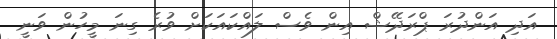
އަދި އަންދުރަ ޕްރަދޭޝް އިން ވެސް ލައްކައަކަށް ވުރެ ގިނަ މީހުން ވަނީ